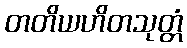
တတိယဟိတသုတ္တံ